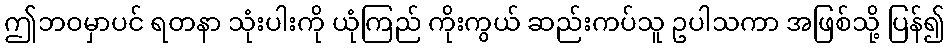
ဤဘဝမှာပင် ရတနာ သုံးပါးကို ယုံကြည် ကိုးကွယ် ဆည်းကပ်သူ ဥပါသကာ အဖြစ်သို့ ပြန်၍